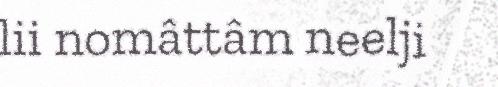
lii nomâttâm neelji